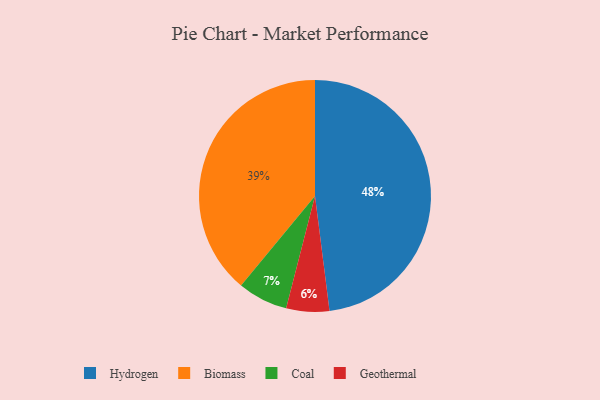
{"axis": {"x": "Category", "y": "Percentage"}, "legend": ["Biomass", "Coal", "Geothermal", "Hydrogen"], "data": [{"x": "Hydrogen", "y": 48, "type": "Hydrogen"}, {"x": "Geothermal", "y": 6, "type": "Geothermal"}, {"x": "Coal", "y": 7, "type": "Coal"}, {"x": "Biomass", "y": 39, "type": "Biomass"}]}